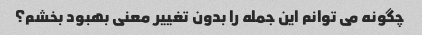
چگونه می توانم این جمله را بدون تغییر معنی بهبود بخشم؟